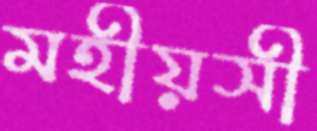
মহীয়সী